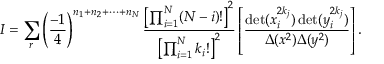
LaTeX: I = \sum _ { r } \left( \frac { - 1 } { 4 } \right) ^ { n _ { 1 } + n _ { 2 } + \cdots + n _ { N } } \frac { \left[ \prod _ { i = 1 } ^ { N } ( N - i ) ! \right] ^ { 2 } } { \left[ \prod _ { i = 1 } ^ { N } k _ { i } ! \right] ^ { 2 } } \left[ \frac { \operatorname * { d e t } ( x _ { i } ^ { 2 k _ { j } } ) \operatorname * { d e t } ( y _ { i } ^ { 2 k _ { j } } ) } { \Delta ( x ^ { 2 } ) \Delta ( y ^ { 2 } ) } \right] .